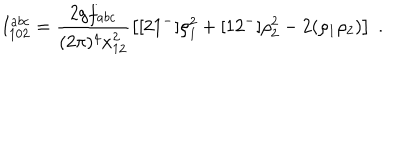
I _ { 1 0 2 } ^ { a b c } = \frac { 2 g f _ { a b c } } { ( 2 \pi ) ^ { 4 } x _ { 1 2 } ^ { 2 } } \left[ [ 2 1 ^ { - } ] \rho _ { 1 } ^ { 2 } + [ 1 2 ^ { - } ] \rho _ { 2 } ^ { 2 } - 2 ( \rho _ { 1 } \rho _ { 2 } ) \right] \; .